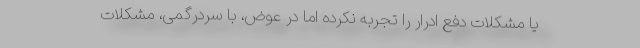
یا مشکلات دفع ادرار را تجربه نکرده اما در عوض، با سردرگمی، مشکلات